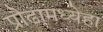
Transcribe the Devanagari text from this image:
प्रौढामध्येहा